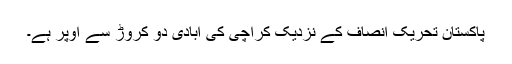
پاکستان تحریک انصاف کے نزدیک کراچی کی آبادی دو کروڑ سے اوپر ہے۔